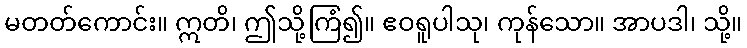
မတတ်ကောင်း။ ဣတိ၊ ဤသို့ကြံ၍။ ဧဝရူပါသု၊ ကုန်သော။ အာပဒါ၊ သို့။